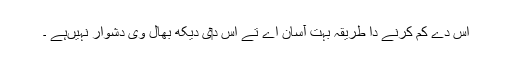
اس دے کم کرنے دا طریقہ بہت آسان اے تے اس د‏ی دیکھ بھال وی دشوار نہیںہے ۔